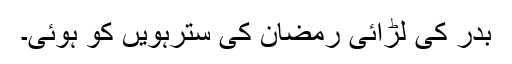
بدر کی لڑائی رمضان کی سترہویں کو ہوئی۔